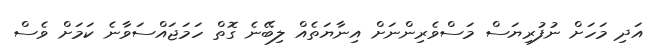
އަދި މަހަށް ނުފުރިޔަސް މަސްވެރިންނަށް އިނާޔަތެއް ލިބޭނެ ގޮތް ހަމަޖައްސަވާނެ ކަމަށް ވެސް